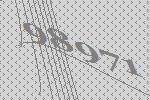
98971